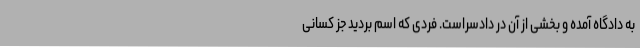
به دادگاه آمده و بخشی از آن در دادسراست. فردی که اسم بردید جز کسانی